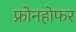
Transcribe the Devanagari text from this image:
फ्रोनहोफर